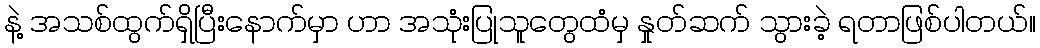
နဲ့ အသစ်ထွက်ရှိပြီးနောက်မှာ ဟာ အသုံးပြုသူတွေထံမှ နှုတ်ဆက် သွားခဲ့ ရတာဖြစ်ပါတယ်။